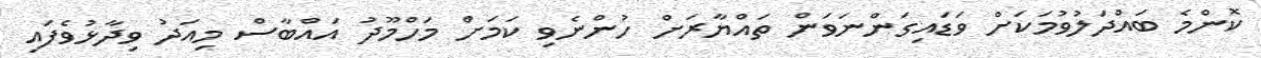
ކޮންމެ ބައްދަލުވުމަކަށް ވަޑައިގަންނަވަން ތައްޔާރަށް ހުންނެވި ކަމަށް މަހްމޫދު އައްބާސް މިއަދު ވިދާޅުވެފައި